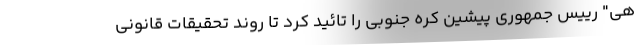
هی" رییس جمهوری پیشین کره جنوبی را تائید کرد تا روند تحقیقات قانونی